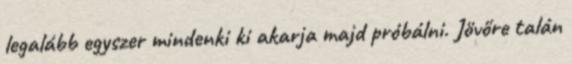
legalább egyszer mindenki ki akarja majd próbálni. Jövőre talán